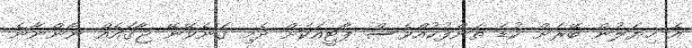
އެ ހިޔަލުން ބޭރަށް ކުޑަ ތަންފުކުއްވެސް ޕާޓީއަކަށް ދެމި ގަނެވޭނޭ ޖާގައެއް ނޯންނާނެ